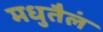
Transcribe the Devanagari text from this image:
मधुतैलं